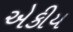
એકીય